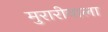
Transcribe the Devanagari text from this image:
मुरारीवाला